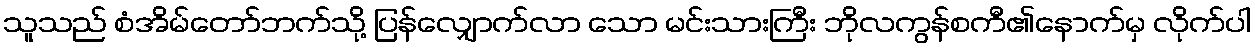
သူသည် စံအိမ်တော်ဘက်သို့ ပြန်လျှောက်လာ သော မင်းသားကြီး ဘိုလကွန်စကီ၏နောက်မှ လိုက်ပါ